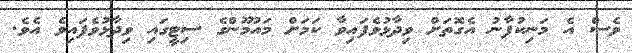
ވެސް އެ މަނިކުފާނު އެގޮތަށް ވިދާޅުވެފައިވާ ކަމަށް މައުމޫންގެ ސިޓީގައި ވިދާޅުވެފައިވެ އެވެ.